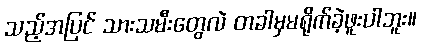
သည့်အပြင် သားသမီးတွေလဲ တခါမှမရိုက်ခဲ့ဖူးပါဘူး။